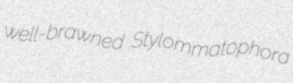
well-brawned Stylommatophora